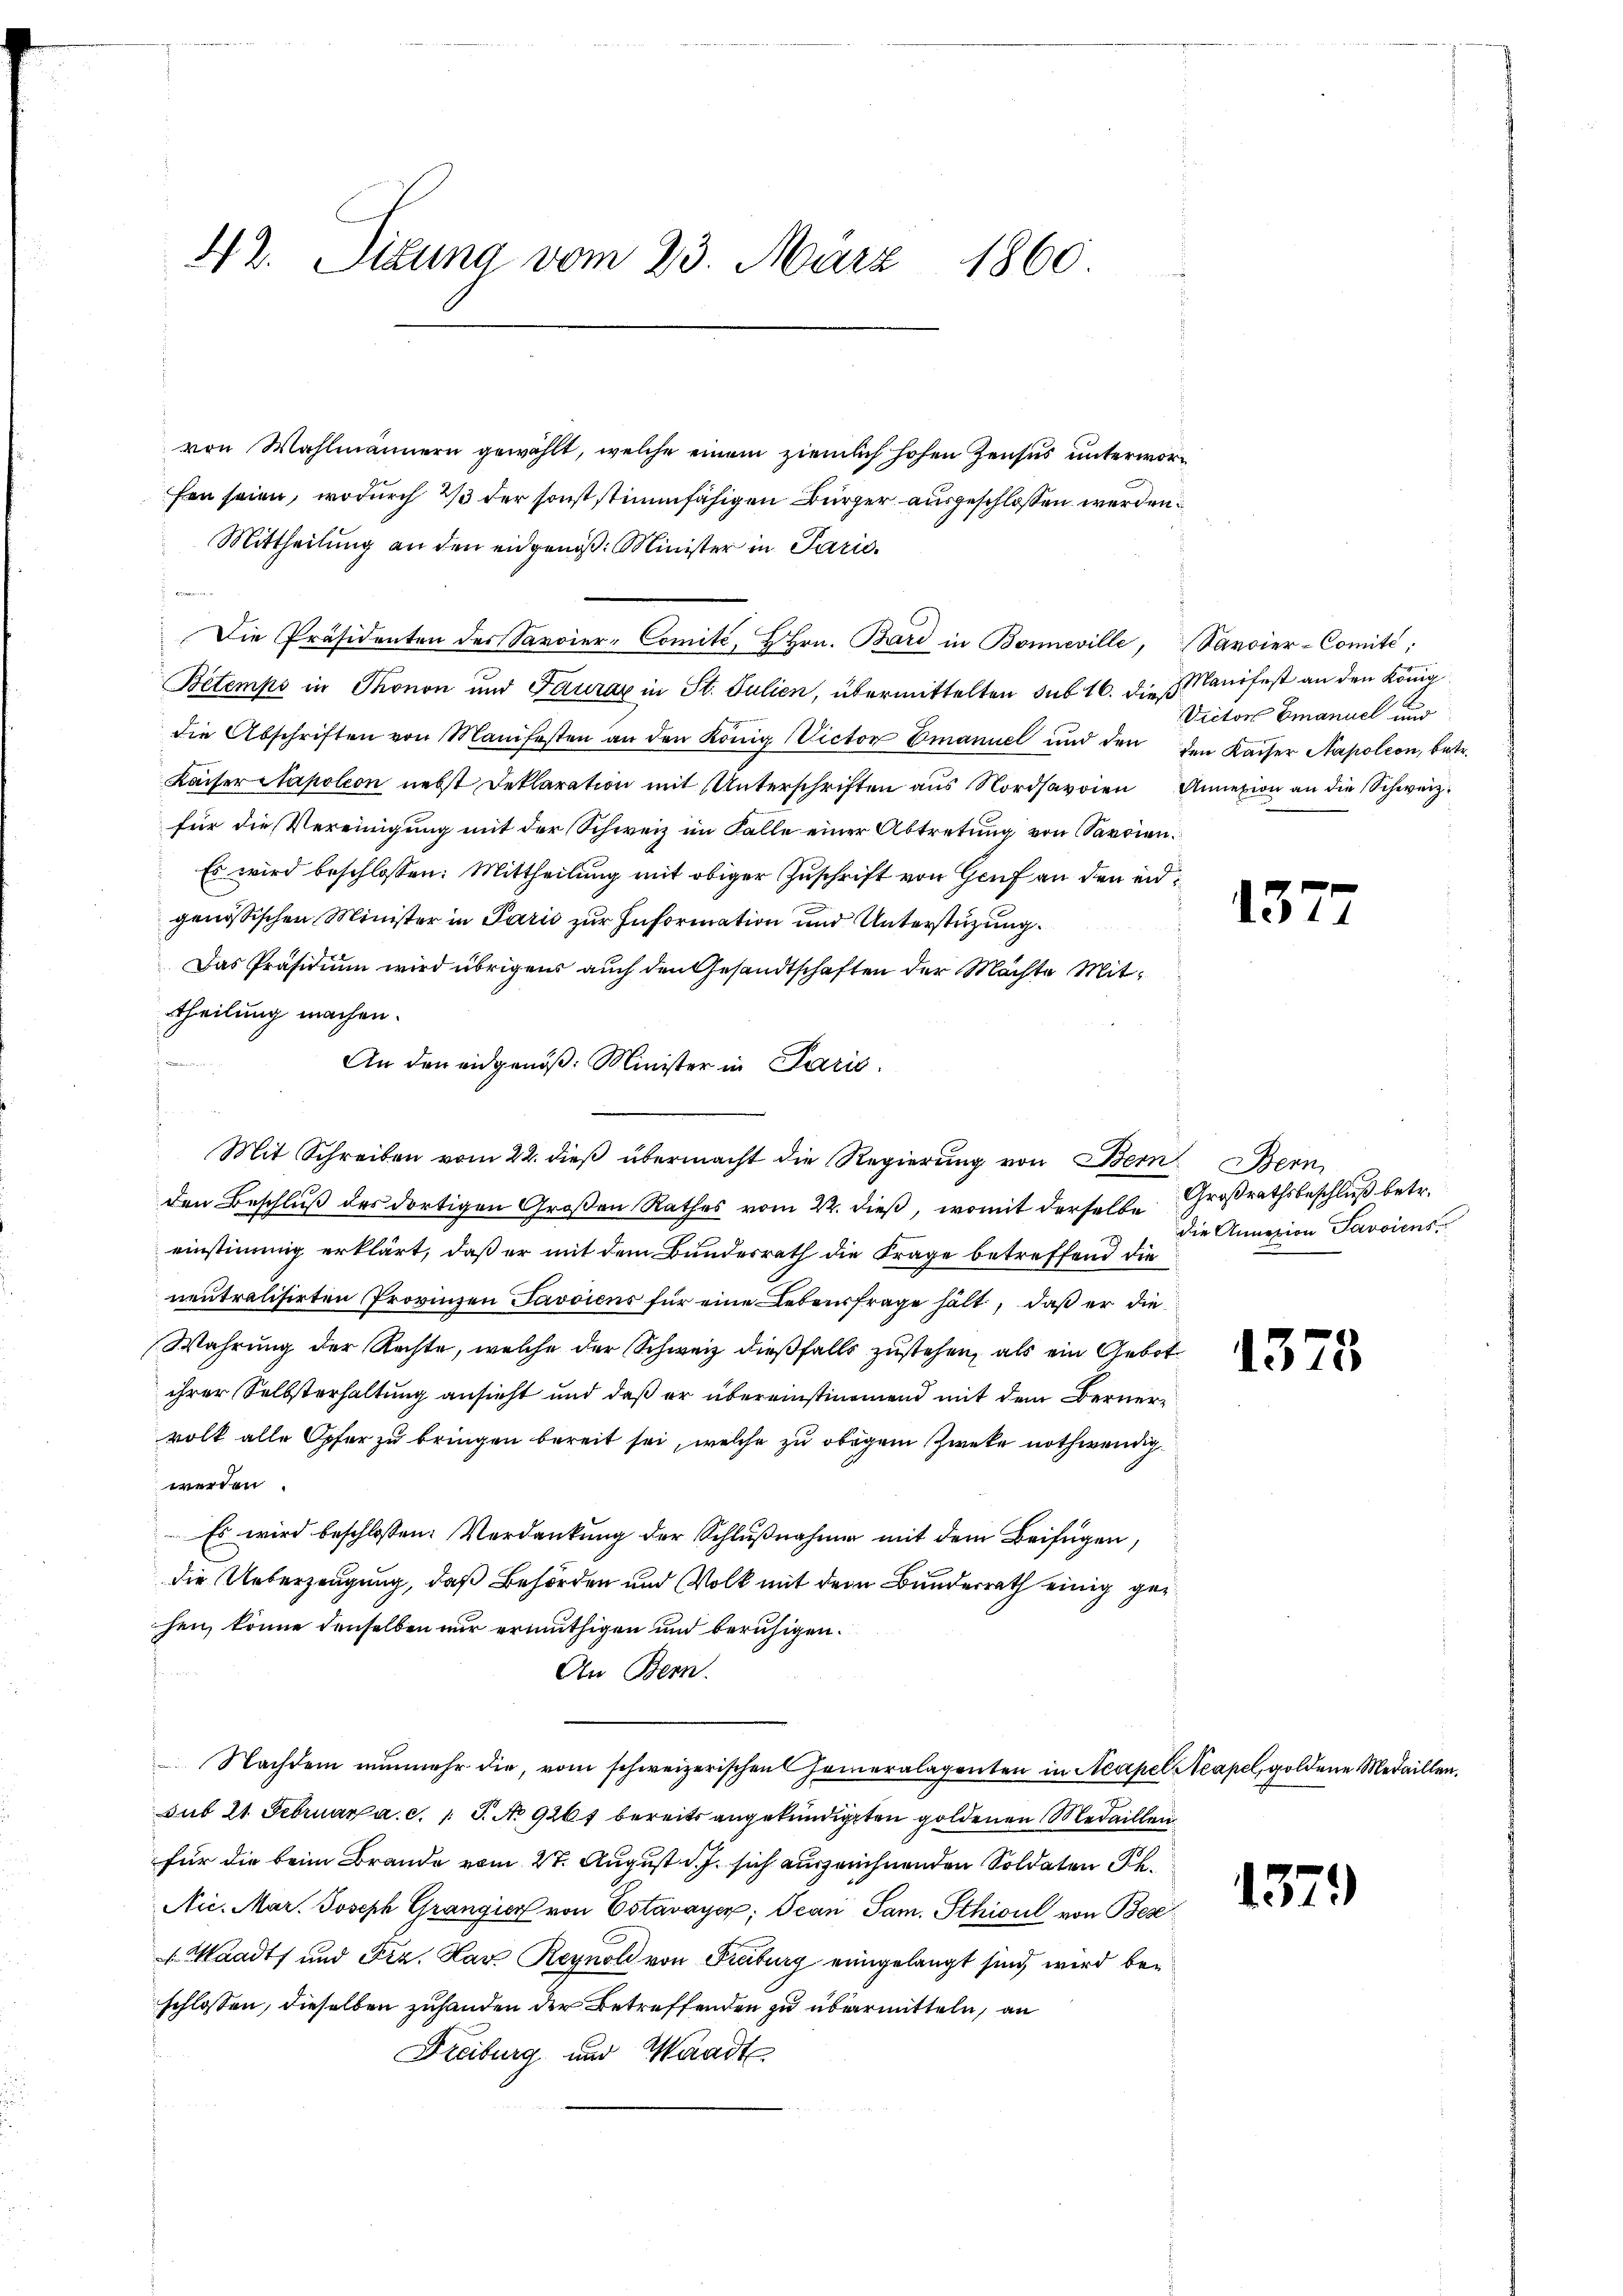
42. Sigung vom 23. März 1860

von Wahlmännern gewählt, welche einem ziemlich hohen Zensus unterworfen seien, wodurch 2/3 der sonst stimmfähigen Bürger ausgeschlossen werden.
Mittheilung an den eidgenöß: Minister in Paris.
Die Präsidenten des Savoier-Comité, H Hrn. Bard in Bonneville, Savoier-Comité,
Betemps in Thonon und Faura in St. Julien, übermittelten sub 16. die Manifest an den König
die Abschriften von Manifesten an den König. Victor Emanuel und den den Kaiser Napoleon, betr.
Kaiser Stapoleon nebst Deklaration mit Unterschriften aŭs Nordsavoien Annexion an die Schweiz.
für die Vereinigung mit der Schweiz im Falle einer Abtretung von Sardien¬
Es wird beschlossen: Mittheilung mit obiger Zuschrift von Genf an den endgenössischen Minister in Paris zur Information und Unterstrizung
Das Präsidium wird übrigens auch den Gesandtschaften der Machte Mittheilung machen.
Mit Schreiben vom 22. dieß übermacht die Regierung von Bern Bern
den Beschluß des dortigen Großen Rathes vom 22. dieß, womit derselbe Großrathsbeschluß betr.
einstimmig erklärt, daß er mit dem Bundesrath die Frage betreffend die
neutralisirten Provinzen Passiens für eine Lebensfrage hält, daß er die
Wahrung der Rechte, welche der Schweiz dießfalls zustehen, als ein Gebot
ihrer Selbsterhaltung ansieht und daß er übereinstimmend mit dem Bernervolk alle Opfer zu bringen bereit sei, welche zu obigem Zweke nothwendig
werden.
Es wird beschlossen: Verdankung der Schlŭβnahmen mit dem Beifügen,
die Ueberzeugung, daß Behörden und Volk mit dem Bundesrath einig gehen, könne denselben nur ermuthigen und beruhigen.
An Bern.
Nachdem nunmehr die, vom schweizerischen Generalagenten in Neapel Neapel, goldene Medaillen,
Aut 21. Februar a. c. 1 P. No 9261 bereits angekündigten goldenen Medaillen.
für die beim Brande vom 27. August d. J. sich auszeichnenden Soldaten Ph.
Nic. Mar. Joseph Grangier von Estavayer; Jean Sam. Sthicul von Bese
 Waadt und Fra. Kar Reynol von Freiburg eingelangt sind, wird beschlossen, dieselben zuhanden der Betreffenden zu übermitteln, an
Freiburg und Waadt

An den eidgenöß: Minister in Parić.

Victor Emanuel und

137

die Annazion Savoiens

13

13.

75

1)